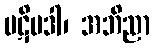
ပဋိပဒါ၊ အဘိညာ